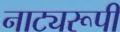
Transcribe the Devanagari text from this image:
नाट्यरूपी